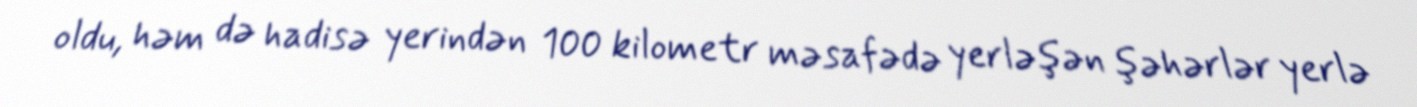
oldu, həm də hadisə yerindən 100 kilometr məsafədə yerləşən şəhərlər yerlə